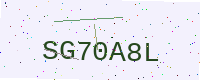
Text: SG70A8L